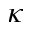
\kappa